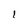
Character: 1